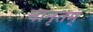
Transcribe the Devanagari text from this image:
नानृतम्